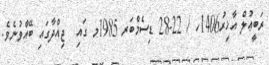
ރަބީޢުލް އާޚިރު1406ހ / 22-28 ޑިސެމްބަރ 1985މ ގައި  ޖިއްދާގައި ބޭއްވުނެވެ.